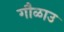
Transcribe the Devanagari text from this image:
गौळाउ